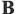
B